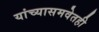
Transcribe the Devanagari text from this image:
यांच्यासमवेतही